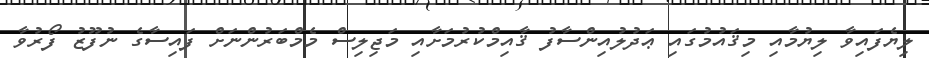
ލިޔެފައިވާ ލިޔުމާއި މިޤައުމުގައި ޢަދުލުއިންސާފު ޤާއިމްކުރުމަށާއި މަޖިލިސް މެމްބަރުންނަށް ފައިސާގެ ނުފޫޒު ފޯރުވާ